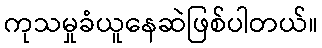
ကုသမှုခံယူနေဆဲဖြစ်ပါတယ်။